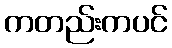
ကတည်းကပင်